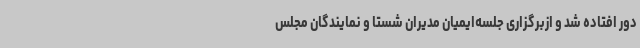
دور افتاده شد و ازبرگزاری جلسه‌ایمیان مدیران شستا و نمایندگان مجلس